Annual statistical returns and brief notes on vaccination in Bengal - 1909-1929
Year: 1909
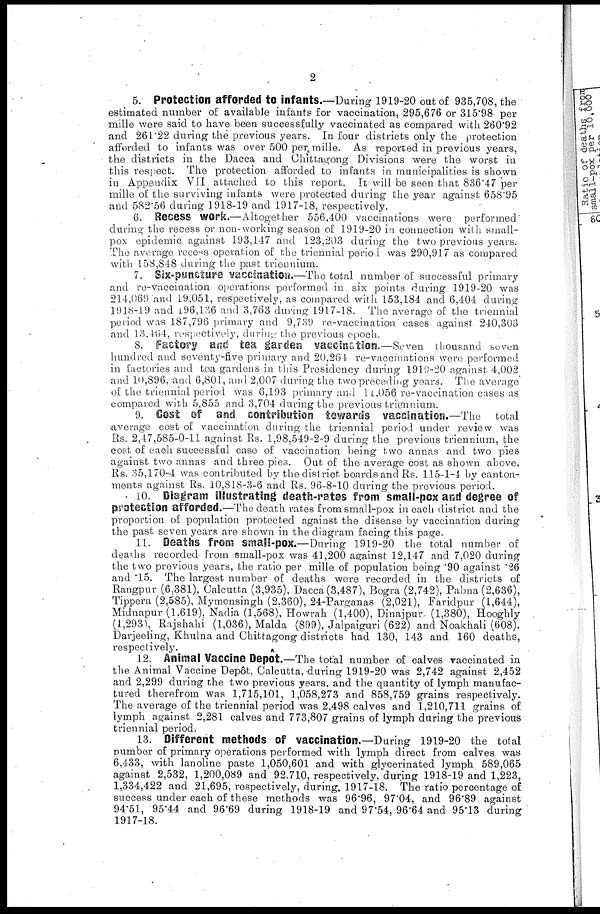
2
5. Protection afforded to infants.—During 1919-20 out of 935,708, the
estimated number of available infants for vaccination, 295,676 or 315.98 per
mille were said to have been successfully vaccinated as compared with 260.92
and 261.22 during the previous years. In four districts only the protection
afforded to infants was over 500 per mille. As reported in previous years,
the districts in the Dacca and Chittagong Divisions were the worst in
this respect. The protection afforded to infants in municipalities is shown
in Appendix VII attached to this report. It will be seen that 836.47 per
mille of the surviving infants were protected during the year against 658.95
and 582.56 during 1918-19 and 1917-18, respectively.
6. Recess work.—Altogether 556,400 vaccinations were performed'
during the recess or non-working season of 1919-20 in connection with small-
pox epidemic against 193,147 and 123,203 during the two previous years.
The average recess operation of the triennial period was 290,917 as compared
with 158,848 during the past triennium.
7. Six-puncture vaccination.—The total number of successful primary
and re-vaccination operations performed in six points during 1919-20 was
214,069 and 19,051, respectively, as compared with 153,184 and 6,404 during
1918-19 and 196,136 and 3,763 during 1917-18. The average of the triennial
period was 187,796 primary and 9,739 re-vaccination cases against 240,303
and 13,464, respectively, during the previous epoch.
8. Factory and tea garden vaccination.—Seven thousand seven
hundred and seventy-five primary and 20,264 re-vaccinations were performed
in factories and tea gardens in this Presidency during 1919-20 against 4,002
and 10,896, and 6,801, and 2,007 during the two preceding years. The average
of the triennial period was 6,193 primary and 11,056 re-vaccination cases as
compared with 5,855 and 3,704 during the previous triennium.
9. Cost of and contribution towards vaccination.—The total
average cost of vaccination during the triennial period under review was
Rs. 2,47,585-0-11 against Rs. 1,98,549-2-9 during the previous triennium, the
cost of each successful case of vaccination being two annas and two pies
against two annas and three pies. Out of the average cost as shown above,
Rs. 35,170-4 was contributed by the district boards and Rs. 115-1-4 by canton-
ments against Rs. 10,818-3-6 and Rs. 96-8-10 during the previous period.
10. Diagram illustrating death-rates from small-pox and degree of
protection afforded.—The death rates from small-pox in each district and the
proportion of population protected against the disease by vaccination during
the past seven years are shown in the diagram facing this page.
11. Deaths from small-pox.—During 1919-20 the total number of
deaths recorded from small-pox was 41,200 against 12,147 and 7,020 during
the two previous years, the ratio per mille of population being .90 against .26
and .15. The largest number of deaths were recorded in the districts of
Rangpur (6,381), Calcutta (3,935), Dacca (3,487), Bogra (2,742), Pabna (2,636),
Tippera (2,585), Mymensingh (2,360), 24-Parganas (2,021), Faridpur (1,644),
Midnapur (1,619), Nadia (1,568), Howrah (1,400), Dinajpur. (1,380), Hooghly
(1,293), Rajshahi (1,036), Malda (899), Jalpaiguri (622) and Noakhali (608).
Darjeeling, Khulna and Chittagong districts had 130, 143 and 160 deaths,
respectively.
12. Animal Vaccine Depôt.—The total number of calves vaccinated in
the Animal Vaccine Depôt, Calcutta, during 1919-20 was 2,742 against 2,452
and 2,299 during the two previous years, and the quantity of lymph manufac-
tured therefrom was 1,715,101, 1,058,273 and 858,759 grains respectively.
The average of the triennial period was 2,498 calves and 1,210,711 grains of
lymph against 2,281 calves and 773,807 grains of lymph during the previous
triennial period.
13. Different methods of vaccination.—During 1919-20 the total
number of primary operations performed with lymph direct from calves was
6,433, with lanoline paste 1,050,601 and with glycerinated lymph 589,065
against 2,532, 1,200,089 and 92.710, respectively, during 1918-19 and 1,223,
1,334,422 and 21,695, respectively, during. 1917-18. The ratio percentage of
success under each of these methods was 96.96, 97.04, and 96.89 against
94.51, 95.44 and 96.69 during 1918-19 and 97.54, 96.64 and 95.13 during
1917-18.